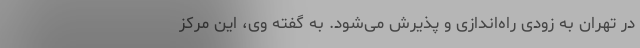
در تهران به زودی راه‌اندازی و پذیرش می‌شود. به گفته وی، این مرکز